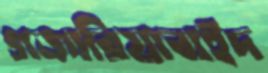
গজারিয়াবাইদ